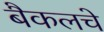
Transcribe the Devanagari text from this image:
बैकलचे